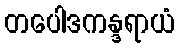
တပေါဒကန္ဒရာယံ